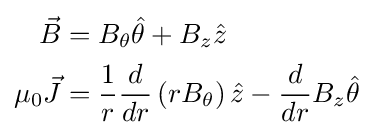
{\begin{aligned}{\vec {B}}&=B_{\theta }{\hat {\theta }}+B_{z}{\hat {z}}\\\mu _{0}{\vec {J}}&={\frac {1}{r}}{\frac {d}{dr}}\left(rB_{\theta }\right){\hat {z}}-{\frac {d}{dr}}B_{z}{\hat {\theta }}\end{aligned}}